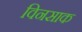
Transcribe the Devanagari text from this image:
विनसाक